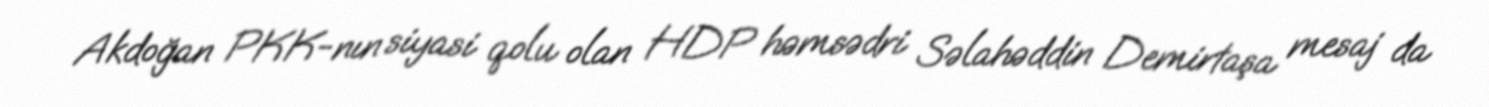
Akdoğan PKK-nın siyasi qolu olan HDP həmsədri Səlahəddin Demirtaşa mesaj da